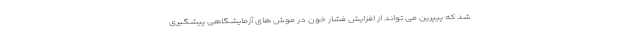
شد که پیپرین می تواند از افزایش فشار خون در موش های آزمایشگاهی پیشگیری